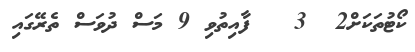
ކޯޓުތަކަށް2  3   ފާއިތުވި 9 މަސް ދުވަސް ތެރޭގައި